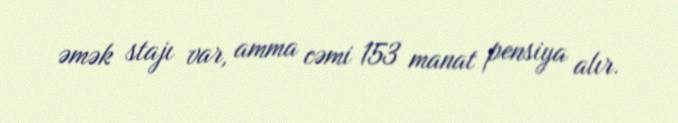
əmək stajı var, amma cəmi 153 manat pensiya alır.